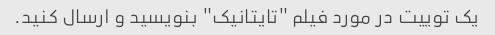
یک توییت در مورد فیلم "تایتانیک" بنویسید و ارسال کنید.